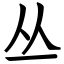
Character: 丛